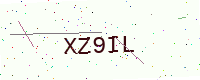
Text: XZ9IL